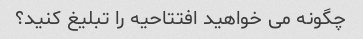
چگونه می خواهید افتتاحیه را تبلیغ کنید؟